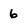
Character: 6